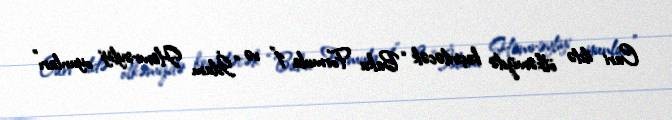
Cari ildə ölkəmizdə keçiriləcək “Baku Formula 1” və “İslam Həmrəyliyi oyunları”